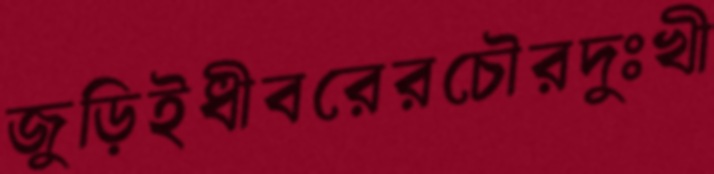
জুড়িইধীবরেরচৌরদুঃখী